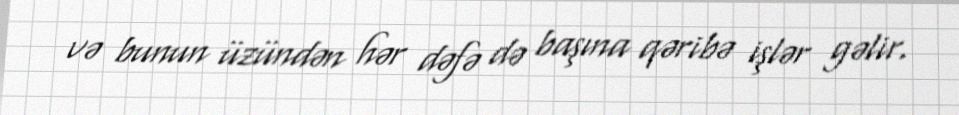
və bunun üzündən hər dəfə də başına qəribə işlər gəlir.